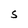
Character: S